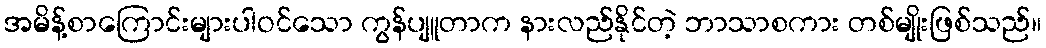
အမိန့်စာကြောင်းများပါဝင်သော ကွန်ပျူတာက နားလည်နိုင်တဲ့ ဘာသာစကား တစ်မျိုးဖြစ်သည်။